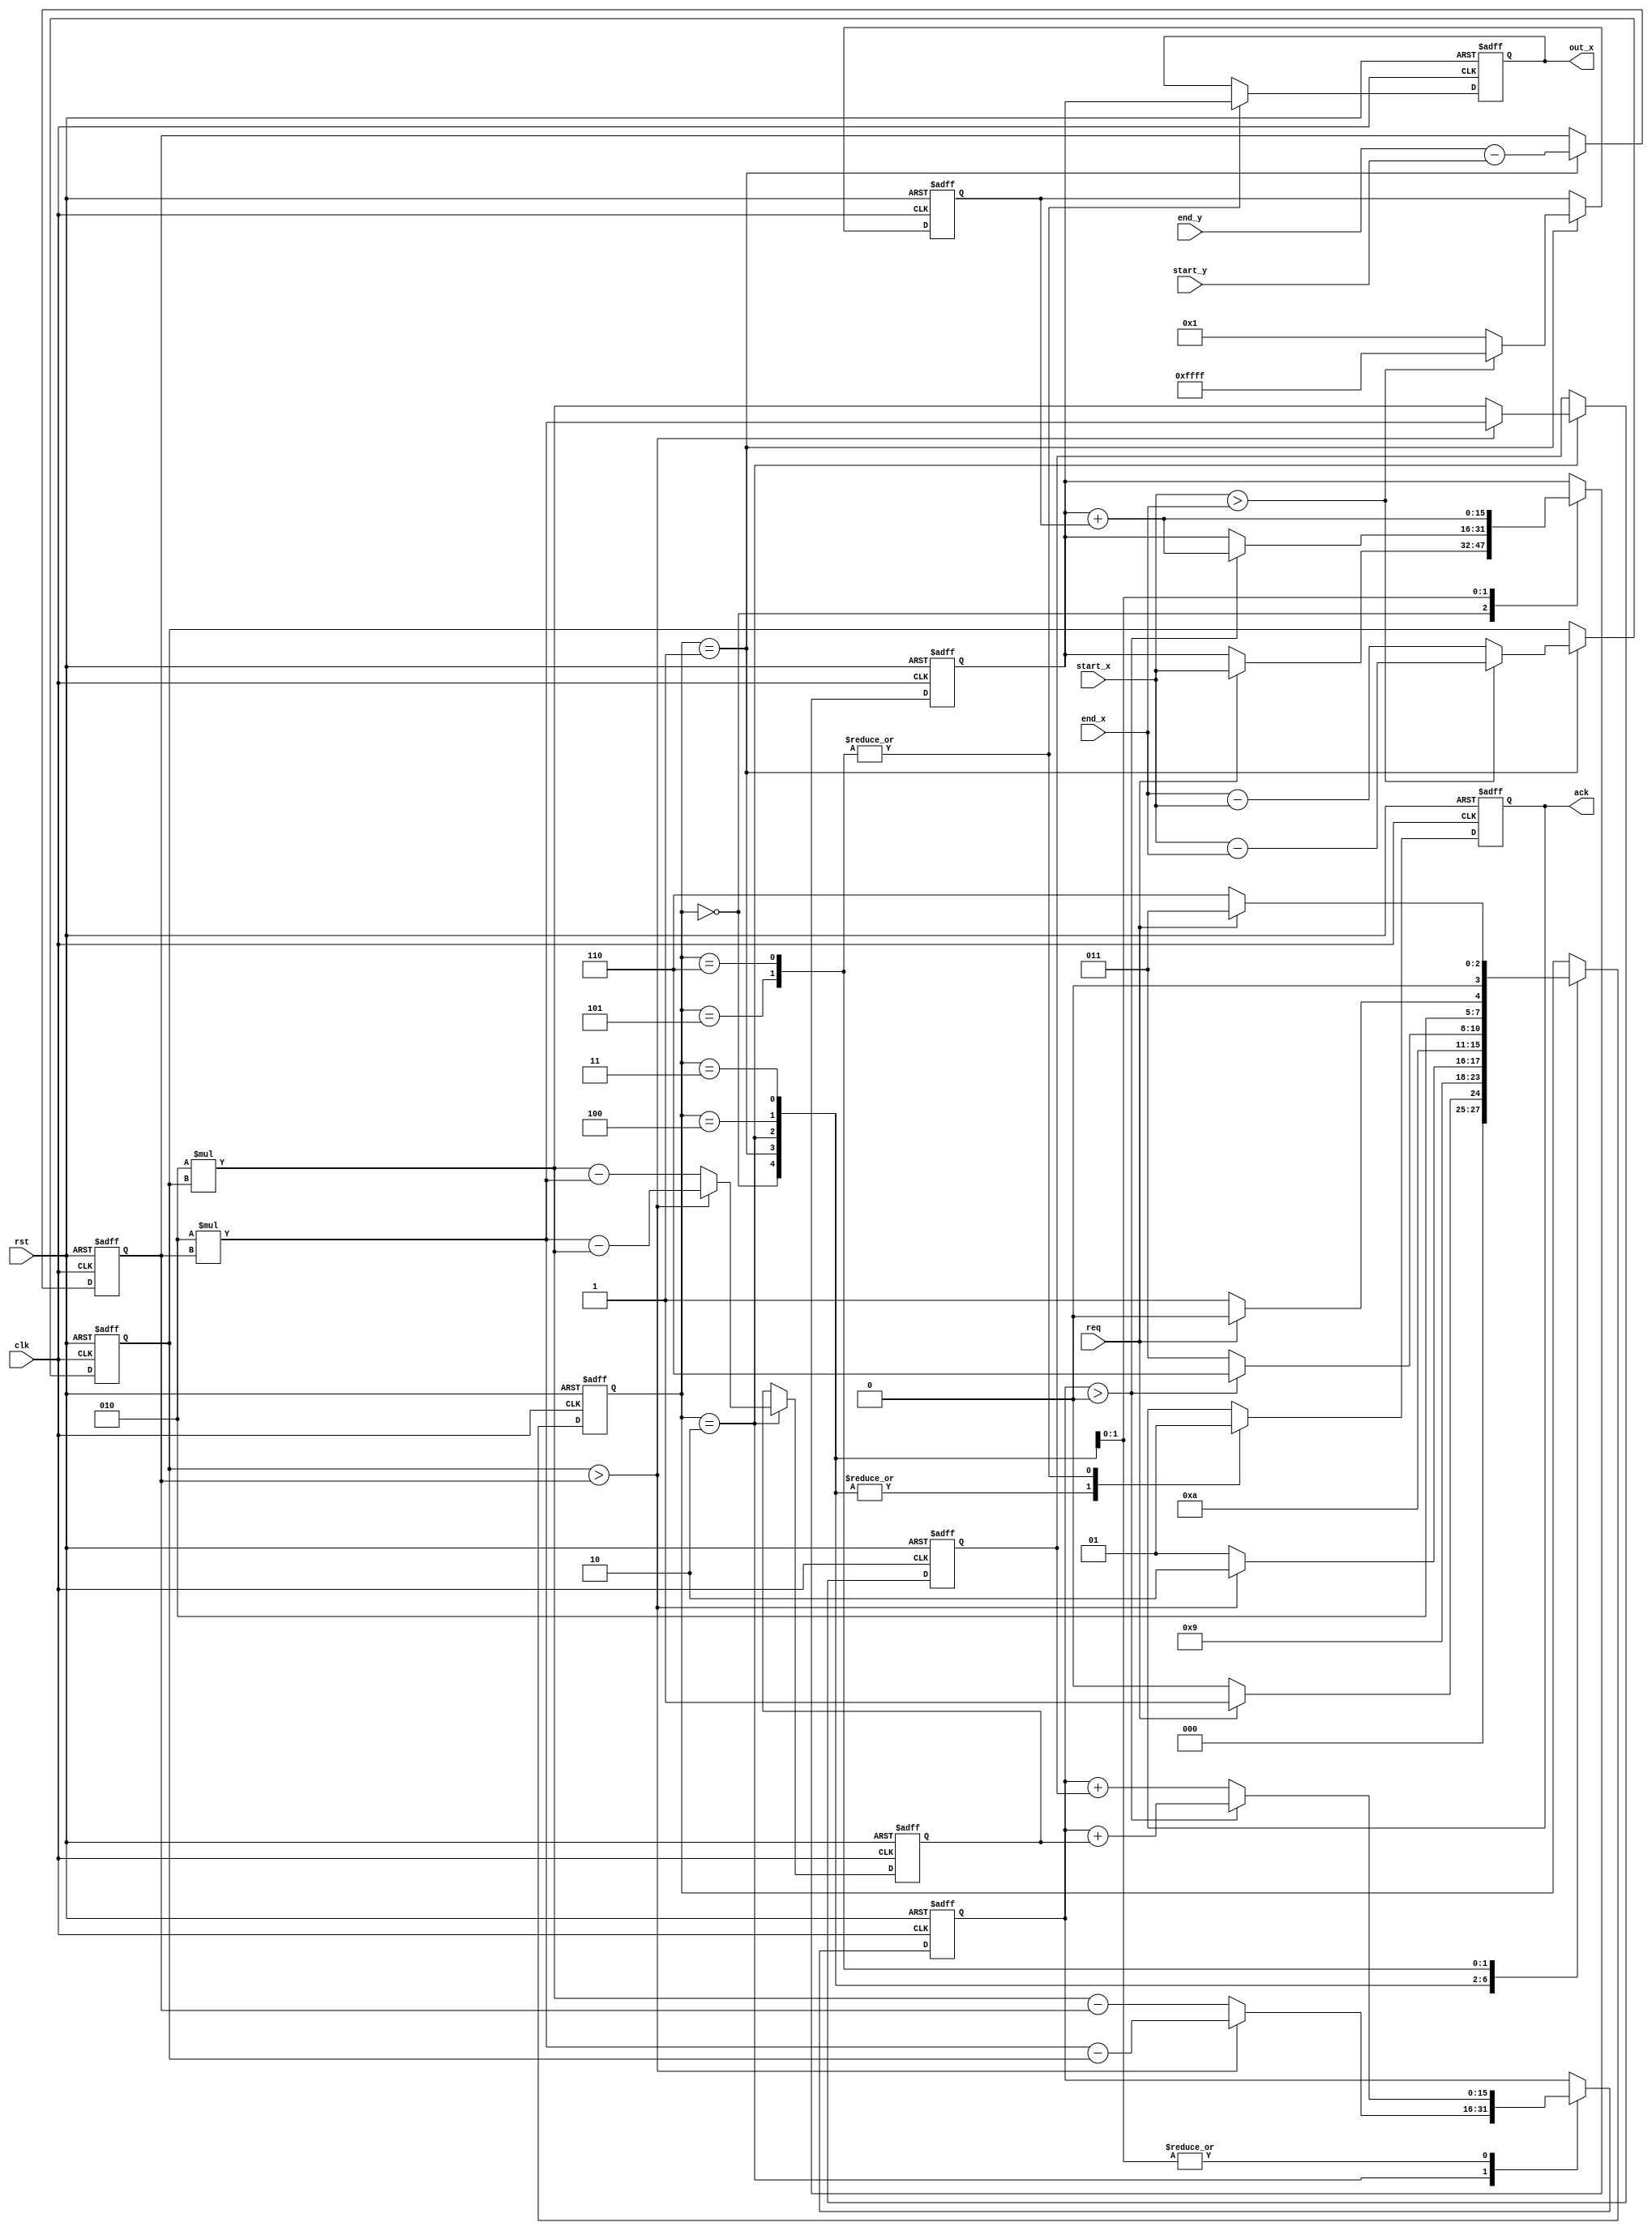
`timescale 1ns / 1ps
//////////////////////////////////////////////////////////////////////////////////
// Company: 
// Engineer: 
// 
// Design Name: 
// Module Name: Bresenham_modified
// Project Name: 
// Target Devices: 
// Tool Versions: 
// Description: 
// 
// Dependencies: 
// 
// Revision:
// Revision 0.01 - File Created
// Additional Comments:
// 
//////////////////////////////////////////////////////////////////////////////////


module Bresenham_modified #(
    parameter DATA_WIDTH = 15
)
(
    input wire req,
    input wire rst,
    input wire clk,
    input wire [DATA_WIDTH : 0] start_x,
    input wire [DATA_WIDTH : 0] start_y,
    input wire [DATA_WIDTH : 0] end_x,
    input wire [DATA_WIDTH : 0] end_y,
    output reg [DATA_WIDTH : 0] out_x,
    output reg ack
    );
    
    localparam
        START           = 4'b0,
        DIRECTION_SET   = 4'b0001,
        SLOPE_SET       = 4'b0010,
        LOW_SLOPE       = 4'b0011, 
        HIGH_SLOPE      = 4'b0100,
        POINT_FINISH_HI = 4'b0101,
        POINT_FINISH_LO = 4'b0110;
        
    reg [3:0]status_reg;
    reg signed [DATA_WIDTH:0]dx;
    reg signed [DATA_WIDTH:0]dy;
    reg signed[DATA_WIDTH:0]decision;
    reg signed [15:0] delta_A;
    reg signed [15:0] delta_B; 
    reg [DATA_WIDTH:0]x; 
    reg signed [DATA_WIDTH:0]inc_x; 
    
    
    always @(posedge clk or posedge rst)
    begin
        
        if( rst == 1) begin
            out_x <= 0;
            status_reg <= START;
            dx <=0;
            dy <= 0;
            decision <= 0;
            delta_A <= 0; 
            delta_B <= 0; 
            inc_x <= 0; 
            x <= 0;
            ack <= 0;
        end
        else begin
            
            case( status_reg )
                
                START:
                begin
                    ack <= 0;
                    if( req == 1) begin                       
                        status_reg <= DIRECTION_SET;               
                        x<= start_x;
                    end
                    else begin
                        status_reg <= START;                     
                    end

                    
                end
                DIRECTION_SET:
                begin
                    ack <= 0;
                    dy <= end_y - start_y;
                    if(start_x > end_x) begin
                        dx <= start_x - end_x;
                        inc_x <= -1;
                    end
                    else begin
                        dx <= end_x - start_x;
                        inc_x <= 1; 
                    end
                    status_reg <= SLOPE_SET; 
                end
                SLOPE_SET:
                begin
                    ack <= 0;
                    if( dx  > dy ) begin
                        decision<= 2*dy - dx;
                        delta_A <= 2*dy;
                        delta_B <= 2*dy - 2*dx;
                        status_reg<= POINT_FINISH_LO;
                    end
                    else 
                    begin
                        decision <= 2*dx - dy;
                        delta_A <= 2*dx;
                        delta_B <= 2*dx - 2*dy;
                        status_reg  <= POINT_FINISH_HI;
                    end
                end
                
                HIGH_SLOPE:
                begin
                    ack <= 0;
                    if( decision > 0 ) begin
                        decision <= decision + delta_B;
                        x <= x + inc_x;
                    end
                    else begin
                        decision <= decision + delta_A; 
                        x<= x;                      
                    end       
                
                    status_reg = POINT_FINISH_HI;
              
                    
                end
                
                LOW_SLOPE:
                begin
                    ack <= 0;
                    x <= x + inc_x;

                    if( decision > 0 ) begin
                        decision <= decision + delta_B;                  
                         status_reg <= POINT_FINISH_LO;
                    end
                    else begin
                        decision <= decision + delta_A;   
                        status_reg <= LOW_SLOPE;                  
                    end
                
                end
                POINT_FINISH_HI:
                begin
                    ack <= 1;
                    out_x <= x;     
                    if(req == 1) status_reg <= HIGH_SLOPE; 
                    else         status_reg <= POINT_FINISH_HI;             
                end
                POINT_FINISH_LO:
                begin
                    ack <= 1;
                    out_x <= x;  
                    if(req == 1) status_reg <= LOW_SLOPE;    
                    else         status_reg <= POINT_FINISH_LO;                    
                end

                
            endcase
            
            
        end
        
        
    
    end
    
endmodule